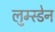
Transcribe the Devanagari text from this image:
लुम्स्डेन